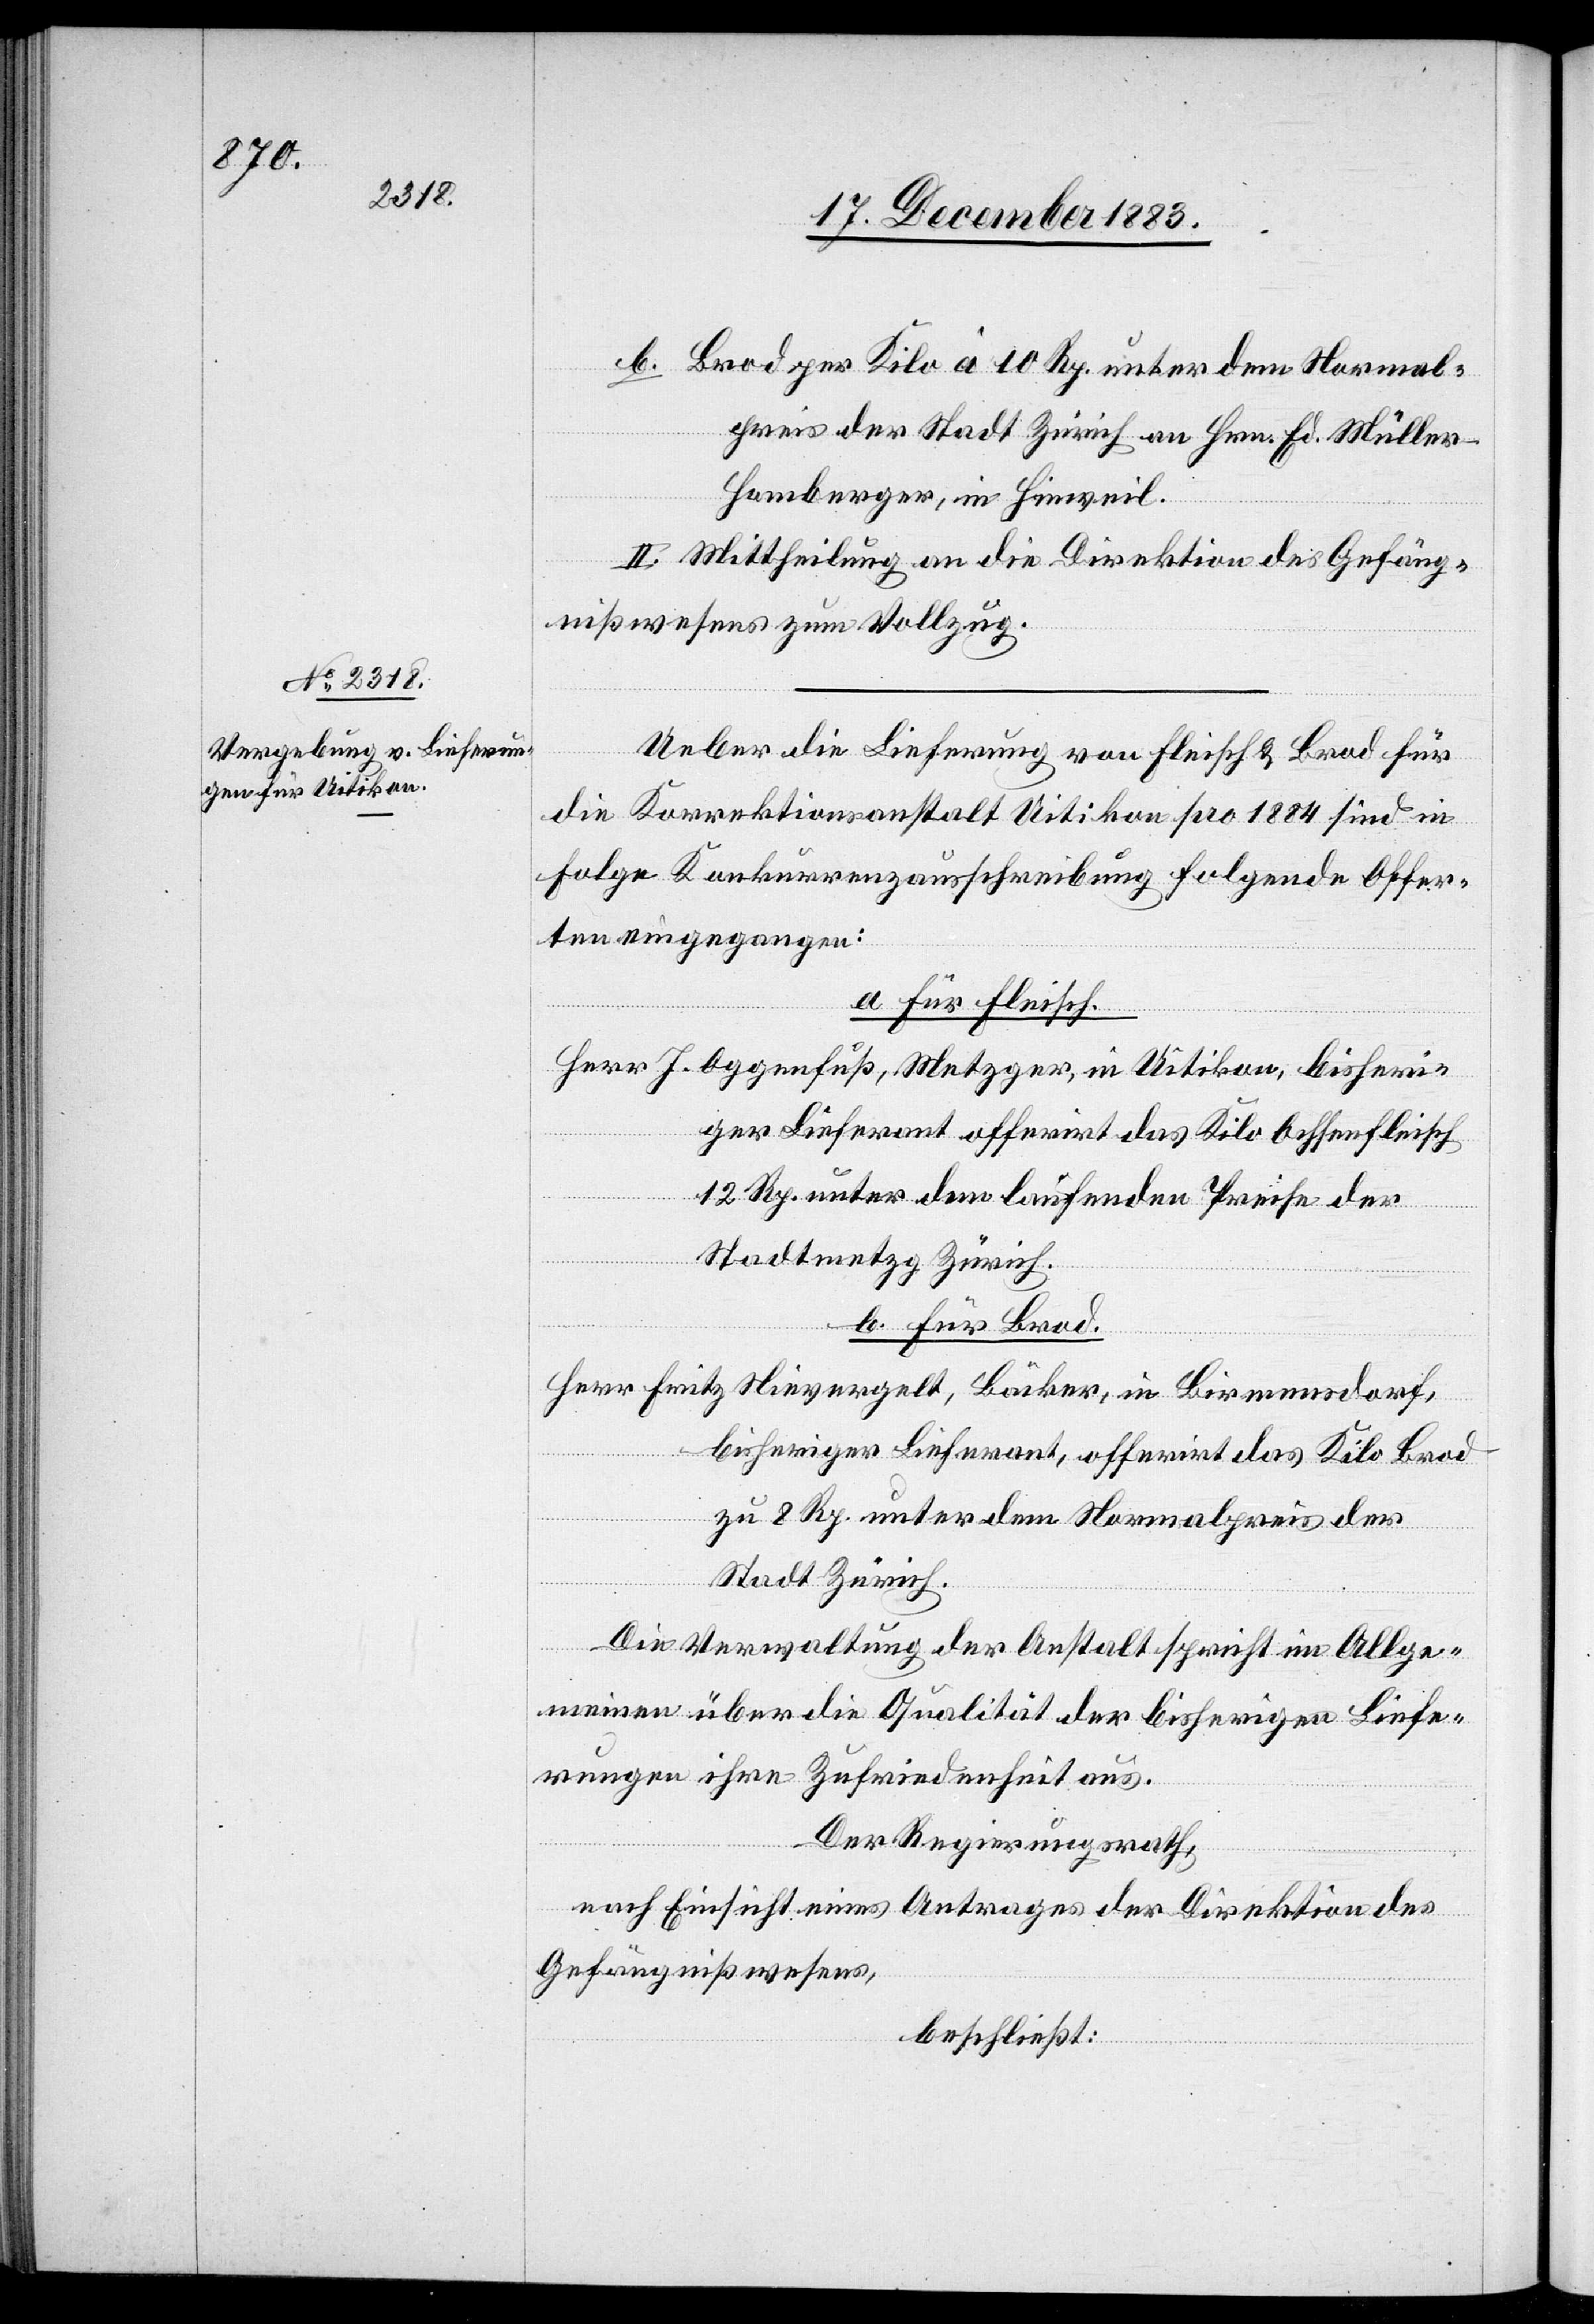
b. Brod per Kilo à 10 Rp. unter dem Normal¬
preis der Stadt Zürich an Hrn. Ed. Müller-H¬
omberger, in Hinweil.
II. Mittheilung an die Direktion des Gefäng¬
nißwesens zum Vollzug.
Ueber die Lieferung von Fleisch & Brod für
die Korrektionsanstalt Uitikon pro 1884 sind in
Folge Konkurrenzausschreibung folgende Offer¬
ten eingegangen:
a. Für Fleisch.
Herr J. Oggenfuß, Metzger, in Uitikon, bisheri¬
ger Lieferant offerirt das Kilo Ochsenfleisch
12 Rp. unter dem laufenden Preise der
Stadtmetzg Zürich.
b. Für Brod.
Herr Fritz Nivergelt, Bäcker, in Birmensdorf,
bisheriger Lieferant, offerirt das Kilo Brod
zu 8 Rp. unter dem Normalpreis der
Stadt Zürich.
Die Verwaltung der Anstalt spricht im Allge¬
meinen über die Qualität der bisherigen Liefe¬
rungen ihre Zufriedenheit aus.
Der Regierungsrath,
nach Einsicht eines Antrages der Direktion des
Gefängnißwesens,
beschließt: